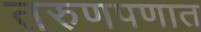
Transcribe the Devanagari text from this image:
तरुणपणात